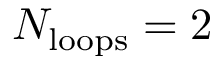
N _ { \mathrm { l o o p s } } = 2